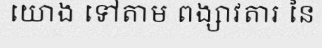
យោង ទៅតាម ពង្សាវតារ នៃ